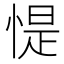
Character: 惿